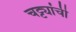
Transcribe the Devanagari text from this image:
चट्ट्यांची